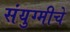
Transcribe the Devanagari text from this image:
संयुग्मीचे